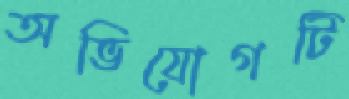
অভিযোগটি